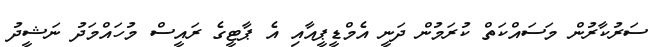
ސަރުކާރުން މަސައްކަތް ކުރަމުން ދަނީ އެމްޑީޕީއާއި އެ ޕާޓީގެ ރައީސް މުހައްމަދު ނަޝީދު